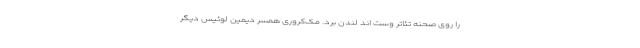
را روی صحنه تئاتر وست اند لندن برد. مک‌کروری همسر دیمین لوئیس دیگر